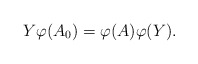
\begin{align*} Y \varphi (A_0) = \varphi (A) \varphi(Y).\end{align*}